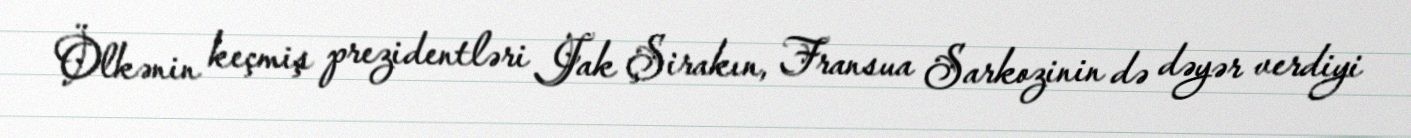
Ölkənin keçmiş prezidentləri Jak Şirakın, Fransua Sarkozinin də dəyər verdiyi